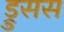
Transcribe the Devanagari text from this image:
ड्रुसस